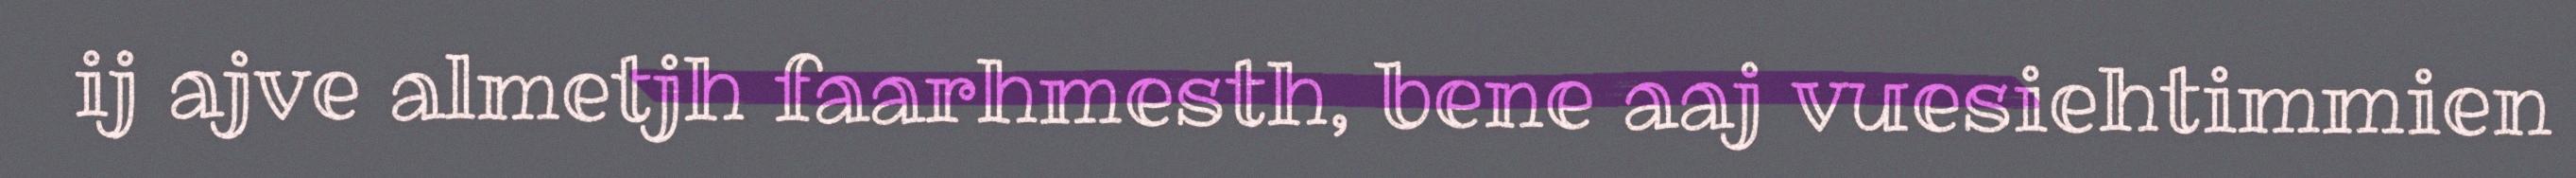
ij ajve almetjh faarhmesth, bene aaj vuesiehtimmien